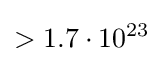
>1.7\cdot 10^{23}